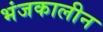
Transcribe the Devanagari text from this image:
भंजकालीन